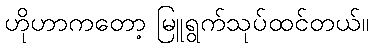
ဟိုဟာကတော့ မြူရွက်သုပ်ထင်တယ်။